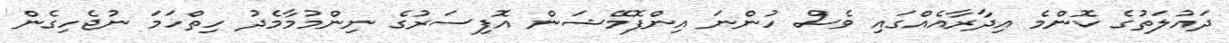
ދައުލަތުގެ ކޮންމެ އިދާރާއެއްގައި ވެސް ހުންނަ އިންފޮމޭޝަން އޮފިސަރުގެ ނިންމުމާމެދު ހިތްހަމަ ނުޖެހިގެން